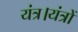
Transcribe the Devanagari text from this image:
यंत्र।यंत्रों